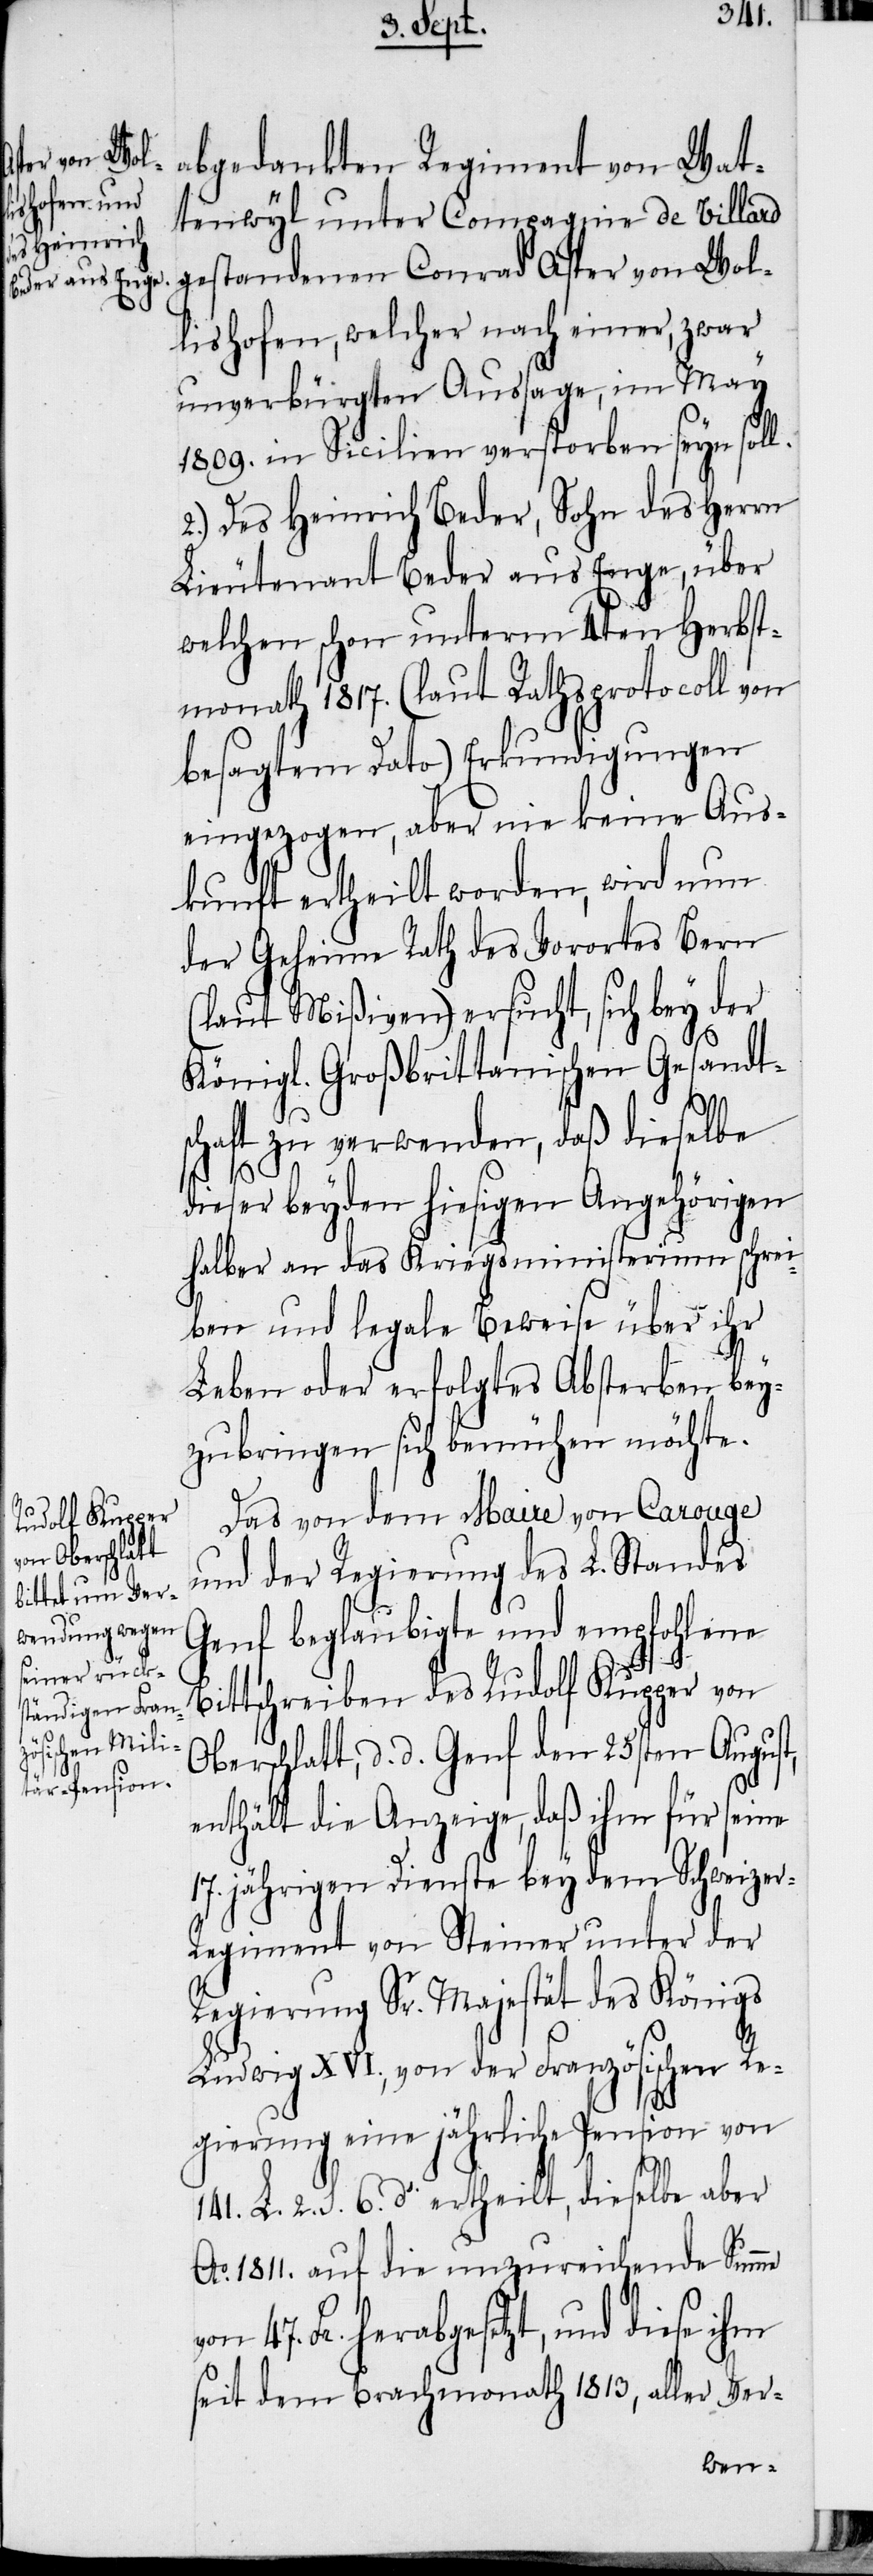
abgedankten Regiment von Wat¬
tenwyl unter Compagnie de Villard
gestandenen Conrad Asper von Wol¬
lishofen, welcher nach einer, zwar
unverbürgten Aussage, im May
1809. in Sicilien verstorben seyn soll.
2.) Des Heinrich Beder, Sohn des Herrn
Lieutenant Beder aus Enge, über
welchen schon unterm 4ten Herbst¬
monath 1817. (laut Rathsprotocoll von
besagtem Dato) Erkundigungen
eingezogen, aber nie keine Aus¬
kunft ertheilt worden, wird nun
der Geheime Rath des Vorortes Bern
(laut Mißiven) ersucht, sich bey der
Königl. Großbrittanischen Gesandt¬
schaft zu verwenden, daß dieselbe
47.
dieser beyden hiesigen Angehörigen
halber an das Kriegsministerium schrei¬
ben und legale Beweise über ihr
Leben oder erfolgtes Absterben bey¬
zubringen sich bemühen möchte.
Das von dem Maire von Carouge
und der Regierung des L. Standes
Genf beglaubigte und empfohlene
Bittschreiben des Rudolf Kupper von
Oberschlatt, d. d. Genf den 25sten August,
enthält die Anzeige, daß ihm für seine
17. jährigen Dienste bey dem Schweize¬
r-Regiment von Steiner unter der
Regierung Sr. Majestät des Königs
Ludwig XIV., von der Französischen Re¬
gierung eine jährliche Pension von
141. L. 2. S. 6. ds. ertheilt, dieselbe aber
Ao. 1811. auf die unzureichende Summe
Fr. herabgesetzt, und diese ihm
seit dem Brachmonath 1813, aller Ver-